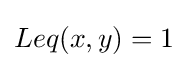
Leq(x,y)=1